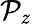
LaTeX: \mathcal{P}_{z}